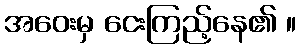
အဝေးမှ ငေးကြည့်နေ၏ ။